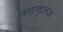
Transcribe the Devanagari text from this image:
लाएगुलस